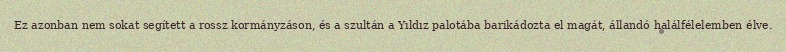
Ez azonban nem sokat segített a rossz kormányzáson, és a szultán a Yıldız palotába barikádozta el magát, állandó halálfélelemben élve.